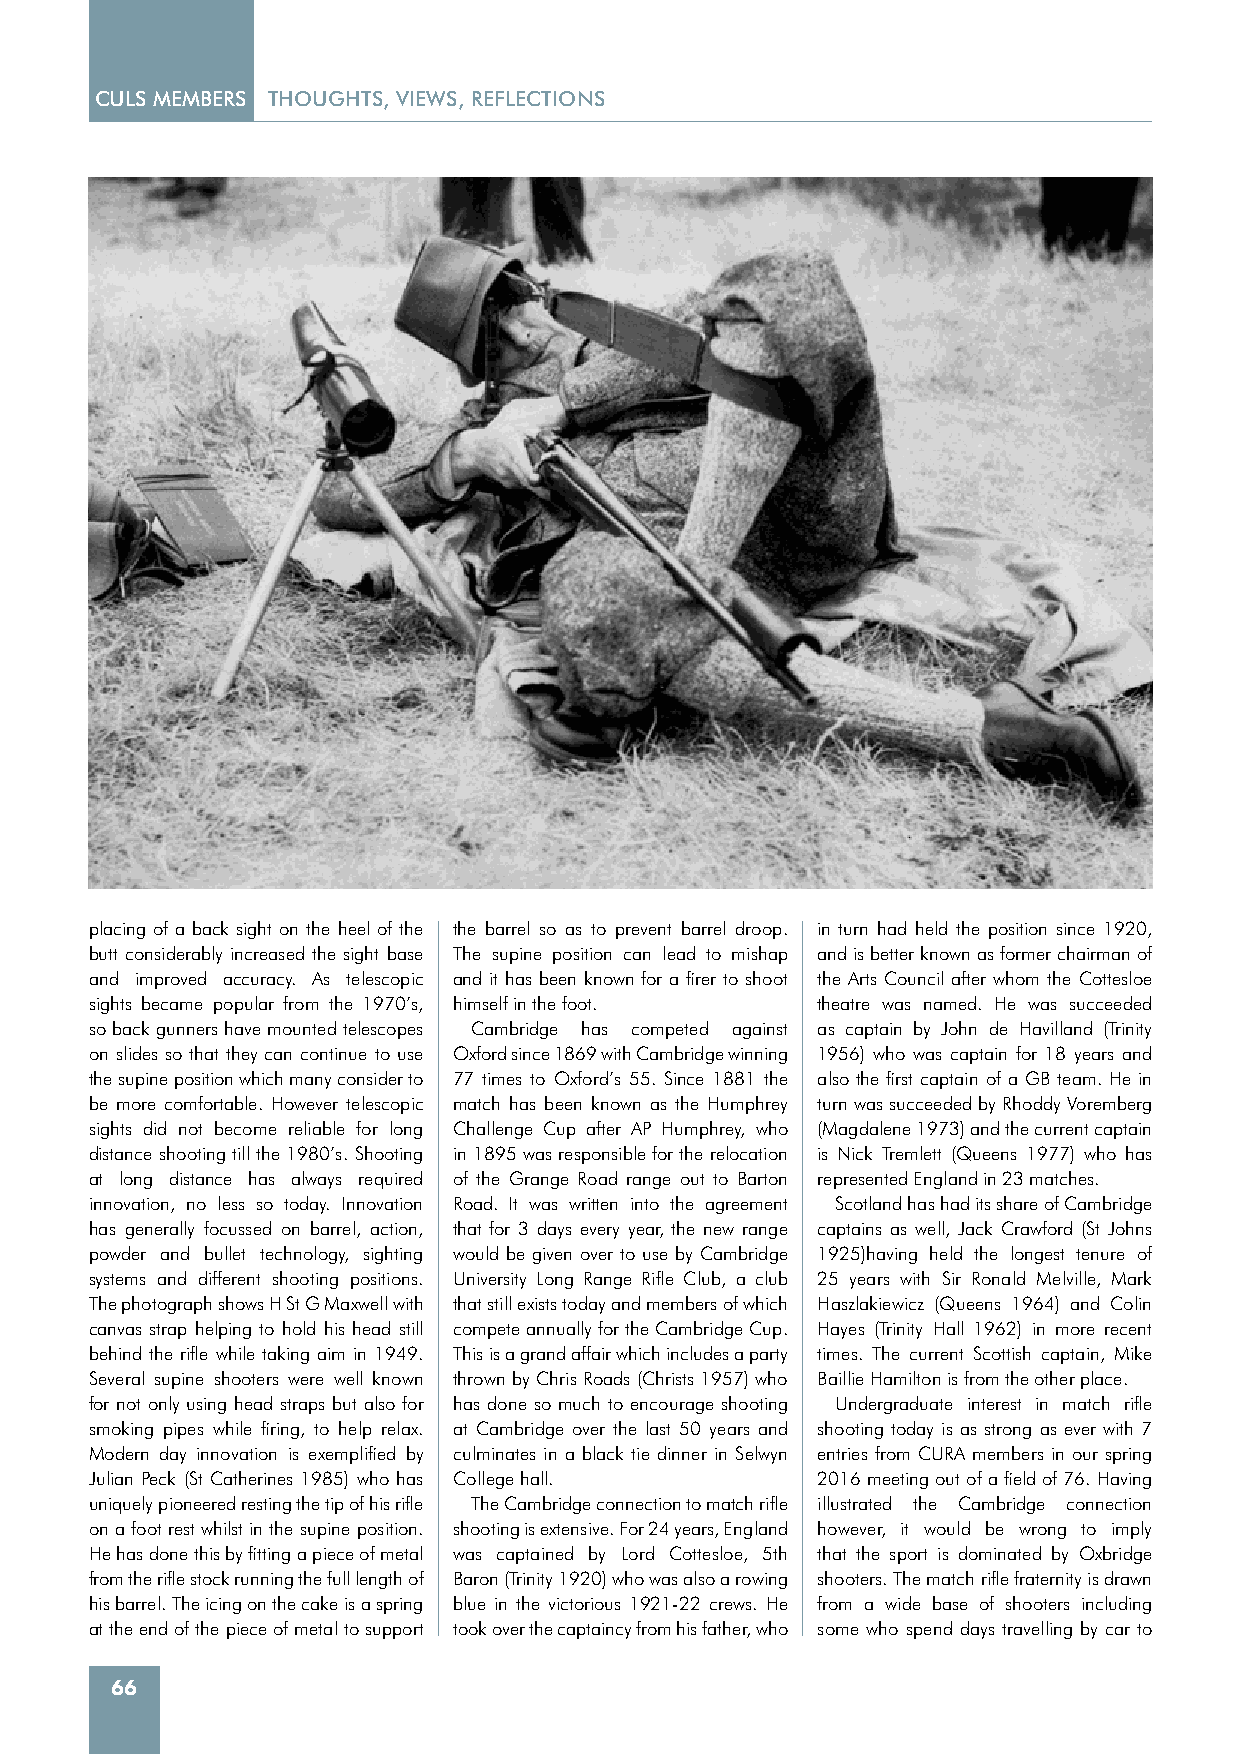
CULS MEMBERS THOUGHTS, VIEWS, REFLECTIONS
 placing of a back sight on the heel of the the barrel so as to prevent barrel droop. in turn had held the position since 1920,
 butt considerably increased the sight base The supine position can lead to mishap and is better known as former chairman of
 and improved accuracy. As telescopic and it has been known for a firer to shoot the Arts Council after whom the Cottesloe
 sights became popular from the 1970’s, himself in the foot. theatre was named. He was succeeded
 so back gunners have mounted telescopes Cambridge has competed against as captain by John de Havilland (Trinity
 on slides so that they can continue to use Oxford since 1869 with Cambridge winning 1956) who was captain for 18 years and
 the supine position which many consider to 77 times to Oxford’s 55. Since 1881 the also the first captain of a GB team. He in
 be more comfortable. However telescopic match has been known as the Humphrey turn was succeeded by Rhoddy Voremberg
 sights did not become reliable for long Challenge Cup after AP Humphrey, who (Magdalene 1973) and the current captain
 distance shooting till the 1980’s. Shooting in 1895 was responsible for the relocation is Nick Tremlett (Queens 1977) who has
 at long distance has always required of the Grange Road range out to Barton represented England in 23 matches.
 innovation, no less so today. Innovation Road. It was written into the agreement Scotland has had its share of Cambridge
 has generally focussed on barrel, action, that for 3 days every year, the new range captains as well, Jack Crawford (St Johns
 powder and bullet technology, sighting would be given over to use by Cambridge 1925)having held the longest tenure of
 systems and different shooting positions. University Long Range Rifle Club, a club 25 years with Sir Ronald Melville, Mark
 The photograph shows H St G Maxwell with that still exists today and members of which Haszlakiewicz (Queens 1964) and Colin
 canvas strap helping to hold his head still compete annually for the Cambridge Cup. Hayes (Trinity Hall 1962) in more recent
 behind the rifle while taking aim in 1949. This is a grand affair which includes a party times. The current Scottish captain, Mike
 Several supine shooters were well known thrown by Chris Roads (Christs 1957) who Baillie Hamilton is from the other place.
 for not only using head straps but also for has done so much to encourage shooting Undergraduate interest in match rifle
 smoking pipes while firing, to help relax. at Cambridge over the last 50 years and shooting today is as strong as ever with 7
 Modern day innovation is exemplified by culminates in a black tie dinner in Selwyn entries from CURA members in our spring
 Julian Peck (St Catherines 1985) who has College hall. 2016 meeting out of a field of 76. Having
 uniquely pioneered resting the tip of his rifle The Cambridge connection to match rifle illustrated the Cambridge connection
 on a foot rest whilst in the supine position. shooting is extensive. For 24 years, England however, it would be wrong to imply
 He has done this by fitting a piece of metal was captained by Lord Cottesloe, 5th that the sport is dominated by Oxbridge
 from the rifle stock running the full length of Baron (Trinity 1920) who was also a rowing shooters. The match rifle fraternity is drawn
 his barrel. The icing on the cake is a spring blue in the victorious 1921-22 crews. He from a wide base of shooters including
 at the end of the piece of metal to support took over the captaincy from his father, who some who spend days travelling by car to
 66